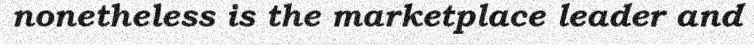
nonetheless is the marketplace leader and